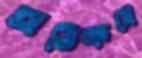
অতিক্রমে